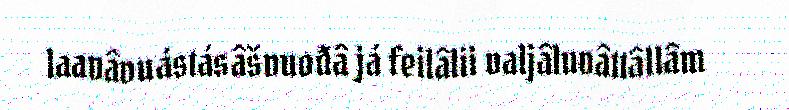
laavâvuástásâšvuođâ já feilâlii valjâluvâttâllâm